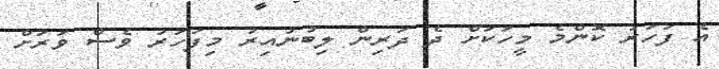
އެ ފަހަރު ކޮންމެ މީހަކަށް ދެ ދަރިން ލިބުނުއިރު މިފަހަރު ވެސް ވަރަށް